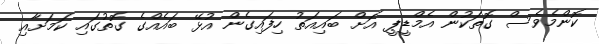
ކޮންމެވެސް ގޮތަކުން އެމްޑީޕީ އަށް ބައިއަތު ހިފައިގެން އުޅޭ ބައެއްގެ ގޮތުގައި ކަމަށާއި